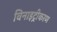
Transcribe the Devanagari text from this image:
विनाइट्रीकरण